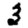
Digit: 3